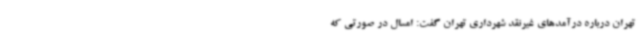
تهران درباره درآمدهای غیرنقد شهرداری تهران گفت: امسال در صورتی که